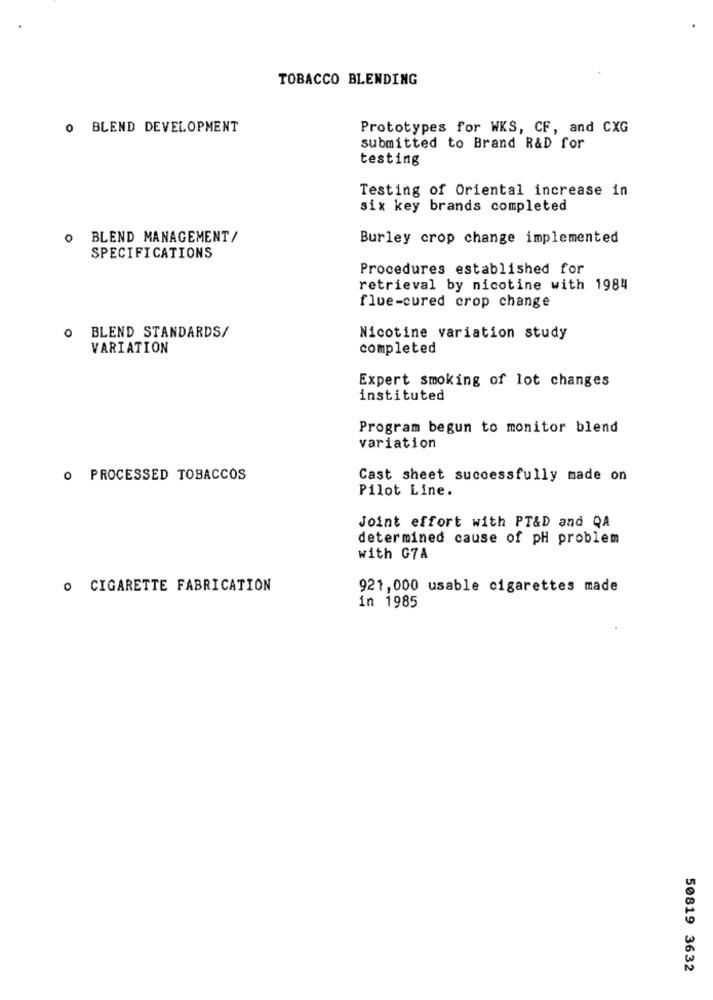
TOBACCO BLENDING
0 BLEND DEVELOPMENT
Prototypes for WKS, CF, and CXG
submitted to Brand R&D for
testing
Testing of Oriental increase in
six key brands completed
O BLEND MANAGEMENT/
Burley crop change implemented
SPECIFICATIONS
Procedures established for
retrieval by nicotine with 1984
flue-cured crop change
O BLEND STANDARDS/
Nicotine variation study
VARIATION
completed
Expert smoking of lot changes
instituted
Program begun to monitor blend
variation
o PROCESSED TOBACCOS
Cast sheet successfully made on
Pilot Line.
Joint effort with PT&D and QA
determined cause of pH problem
with G7A
O CIGARETTE FABRICATION
921,000 usable cigarettes made
in 1985
50819 3632